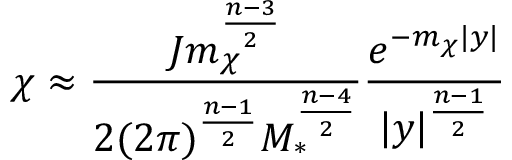
\chi \approx { \frac { J m _ { \chi } ^ { \frac { n - 3 } { 2 } } } { 2 ( 2 \pi ) ^ { \frac { n - 1 } { 2 } } M _ { * } ^ { \frac { n - 4 } { 2 } } } } { \frac { e ^ { - m _ { \chi } | y | } } { | y | ^ { \frac { n - 1 } { 2 } } } }